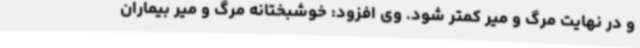
و در نهایت مرگ و میر کمتر شود. وی افزود: خوشبختانه مرگ و میر بیماران